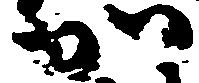
加